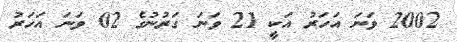
2002 ވަނަ އަހަރު އަކީ 21 ވަނަ ގަރުނުގެ 02 ވަނަ އަހަރު